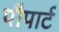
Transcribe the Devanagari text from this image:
पौपार्ट